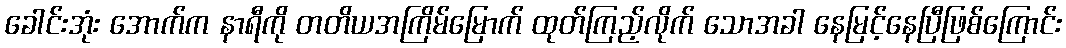
ခေါင်းအုံး အောက်က နာရီကို တတိယအကြိမ်မြောက် ထုတ်ကြည့်လိုက် သောအခါ နေမြင့်နေပြီဖြစ်ကြောင်း